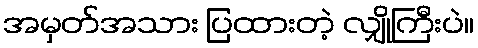
အမှတ်အသား ပြထားတဲ့ လျှိုကြီးပဲ။